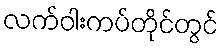
လက်ဝါးကပ်တိုင်တွင်